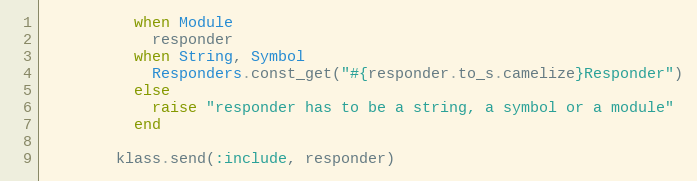
Language: Ruby
          when Module
            responder
          when String, Symbol
            Responders.const_get("#{responder.to_s.camelize}Responder")
          else
            raise "responder has to be a string, a symbol or a module"
          end

        klass.send(:include, responder)